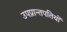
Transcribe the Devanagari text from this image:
उपप्रान्तपतियों